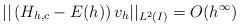
\begin{align*} ||\left(H_{h,c} - E(h)\right)v_{h}||_{L^2(I)} = O(h^\infty)\end{align*}